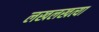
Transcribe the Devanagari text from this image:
लखलखत्या